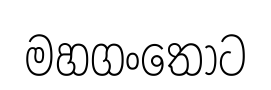
මහගංතොට